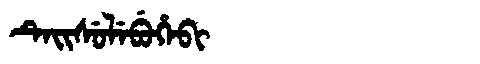
Manchu: ᡨᡝᡳᠰᡠᠯᡝᠪᡠᡥᡝᠪᡳ
Romanization: TEISULEBUHEBI